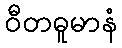
ဝီတဓူမာနံ